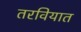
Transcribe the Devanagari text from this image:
तरवियात